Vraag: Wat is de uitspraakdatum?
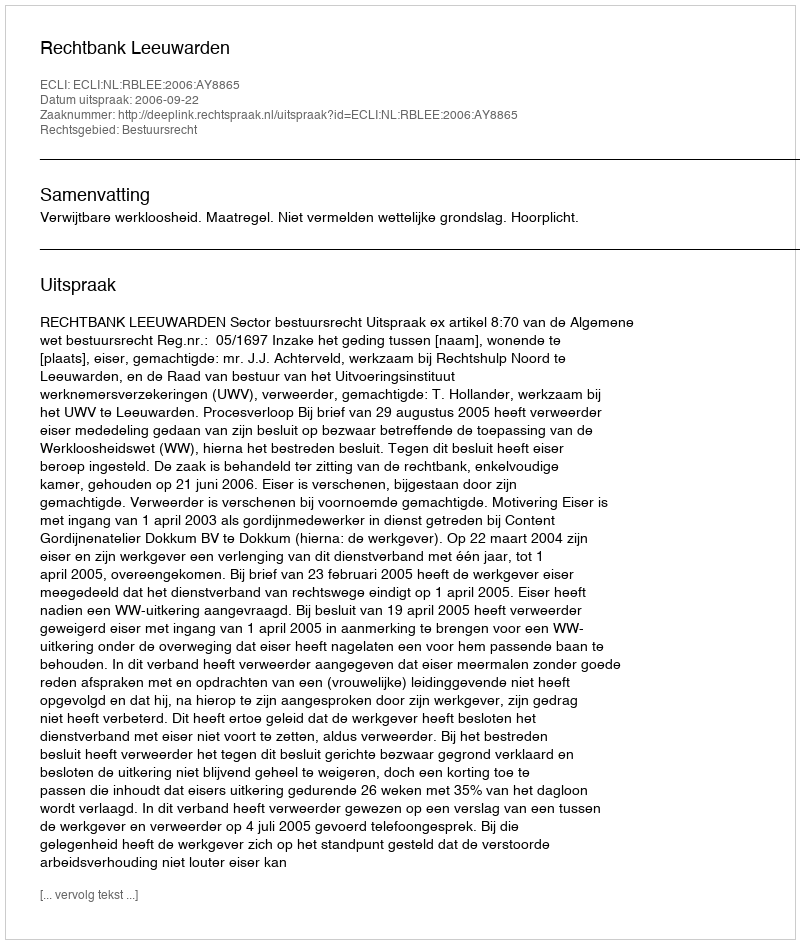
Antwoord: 2006-09-22